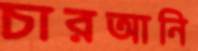
চারআনি